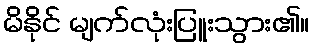
မိနိုင် မျက်လုံးပြူးသွား၏။